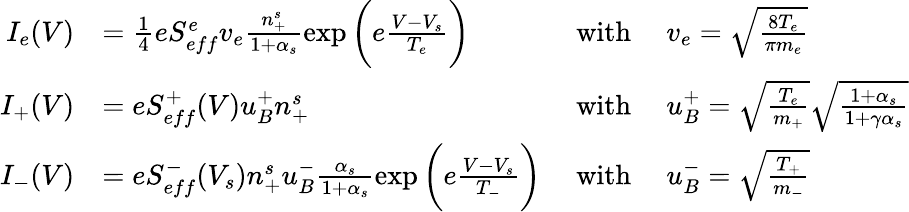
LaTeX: \begin{array}{rlrl}{I_{e}(V)}&{=\frac{1}{4}eS_{eff}^{e}v_{e}\frac{n_{+}^{s}}{1+\alpha_{s}}\exp\bigg({e\frac{V-V_{s}}{T_{e}}}\bigg)}&{\mathrm{~with~}}&{v_{e}=\sqrt{\frac{8T_{e}}{\pi m_{e}}}}\\ {I_{+}(V)}&{=eS_{eff}^{+}(V)u_{B}^{+}n_{+}^{s}}&{\mathrm{~with~}}&{u_{B}^{+}=\sqrt{\frac{T_{e}}{m_{+}}}\sqrt{\frac{1+\alpha_{s}}{1+\gamma\alpha_{s}}}}\\ {I_{-}(V)}&{=eS_{eff}^{-}(V_{s})n_{+}^{s}u_{B}^{-}\frac{\alpha_{s}}{1+\alpha_{s}}\exp\bigg({e\frac{V-V_{s}}{T_{-}}}\bigg)}&{\mathrm{~with~}}&{u_{B}^{-}=\sqrt{\frac{T_{+}}{m_{-}}}}\end{array}